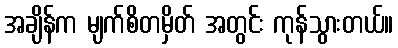
အချိန်က မျက်စိတမှိတ် အတွင်း ကုန်သွားတယ်။